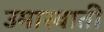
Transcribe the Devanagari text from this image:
उमास्वाती